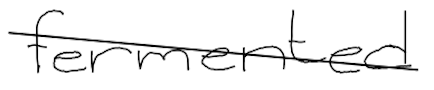
Text: fermented
Cross-out: diagonal
Writing tool: digital_black